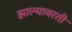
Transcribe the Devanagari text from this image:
झाल्यावरती